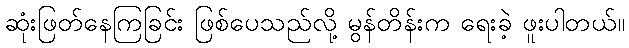
ဆုံးဖြတ်နေကြခြင်း ဖြစ်ပေသည်လို့ မွန်တိန်းက ရေးခဲ့ ဖူးပါတယ်။